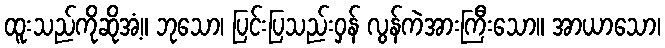
ထူးသည်ကိုဆိုအံ့။ ဘုသော၊ ပြင်းပြသည်းဝှန် လွန်ကဲအားကြီးသော။ အာယာသော၊